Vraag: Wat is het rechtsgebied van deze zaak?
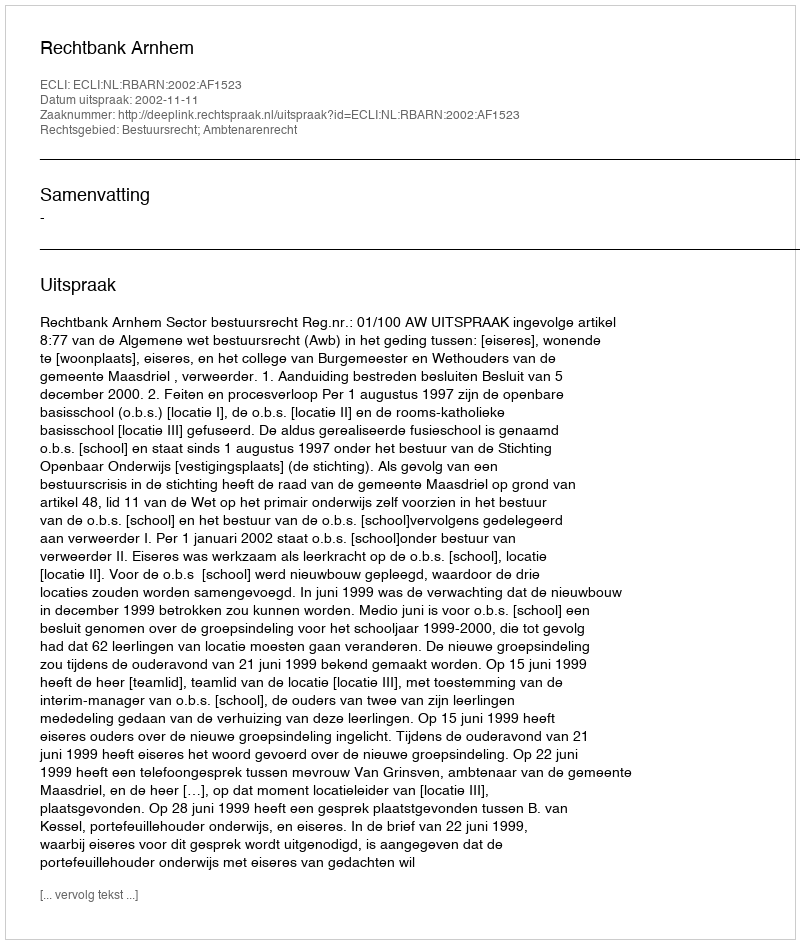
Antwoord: Bestuursrecht; Ambtenarenrecht